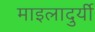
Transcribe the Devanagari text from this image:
माइलादुर्यी